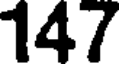
147